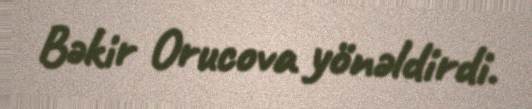
Bəkir Orucova yönəldirdi.